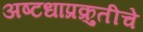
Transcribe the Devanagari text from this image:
अष्टधाप्रक्रुतीचे